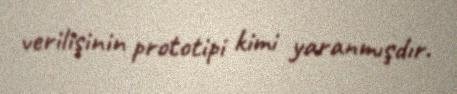
verilişinin prototipi kimi yaranmışdır.